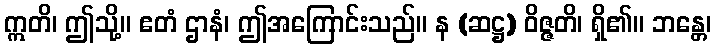
ဣတိ၊ ဤသို့။ ဧတံ ဌာနံ၊ ဤအကြောင်းသည်။ န (ဆဋ္ဌ) ဝိဇ္ဇတိ၊ ရှိ၏။ ဘန္တေ၊